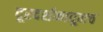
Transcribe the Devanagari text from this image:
दूरदर्शकातूनच